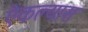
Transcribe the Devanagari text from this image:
ऐकल्यास